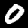
Digit: 0